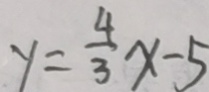
y = \frac { 4 } { 3 } x - 5